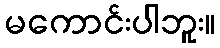
မကောင်းပါဘူး။